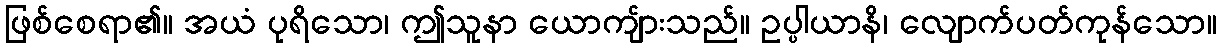
ဖြစ်စေရာ၏။ အယံ ပုရိသော၊ ဤသူနာ ယောကျ်ားသည်။ ဥပ္ပါယာနိ၊ လျောက်ပတ်ကုန်သော။